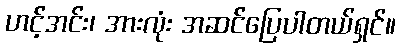
ဟင့်အင်း၊ အားလုံး အဆင်ပြေပါတယ်ရှင်။